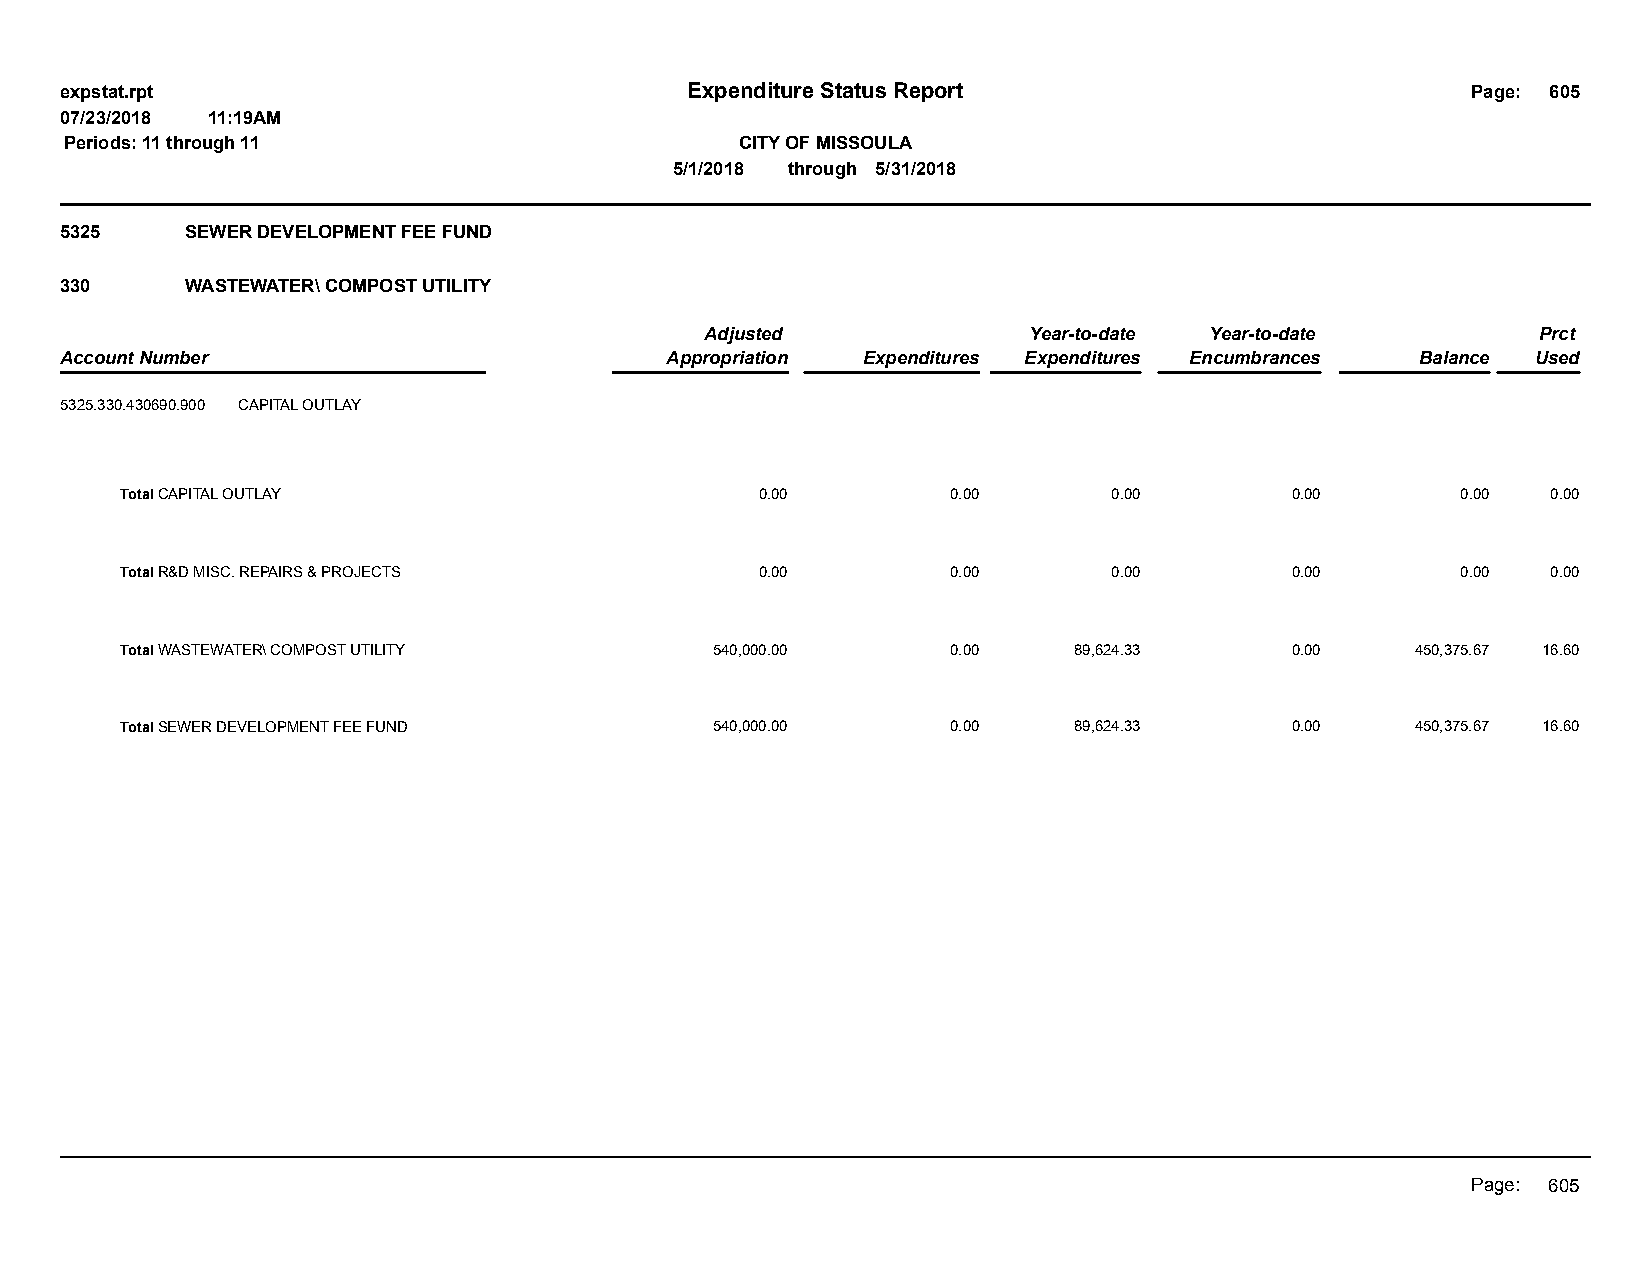
expstat.rpt                              Expenditure Status Report                           Page: 605
 07/23/2018 11:19AM
 Periods: 11 through 11                       CITY OF MISSOULA
 5/1/2018 through 5/31/2018
 5325    SEWER DEVELOPMENT FEE FUND
 330     WASTEWATER\ COMPOST UTILITY
 Adjusted             Year-to-date Year-to-date         Prct
 Account Number                          Appropriation Expenditures Expenditures Encumbrances Balance Used
 5325.330.430690.900 CAPITAL OUTLAY
 Total CAPITAL OUTLAY                      0.00         0.00       0.00       0.00        0.00  0.00
 Total R&D MISC. REPAIRS & PROJECTS        0.00         0.00       0.00       0.00        0.00  0.00
 Total WASTEWATER\ COMPOST UTILITY      540,000.00      0.00    89,624.33     0.00     450,375.67 16.60
 Total SEWER DEVELOPMENT FEE FUND       540,000.00      0.00    89,624.33     0.00     450,375.67 16.60
 Page: 605